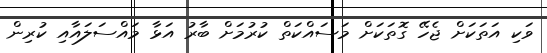
ވަކި އަތަކަށް ޖެހޭ ގޮތަަކަށް މަސައްކަތް ކުރުމަށް ބާރު އަޅާ މައްސަލައާއި ކުރިން